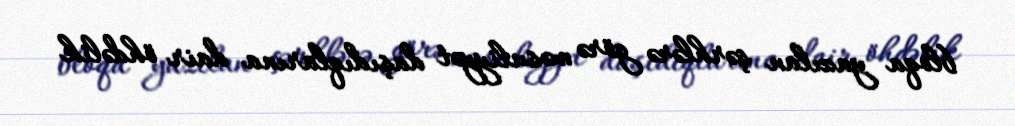
bloqa yazılan şərhlərə görə məsuliyyət daşıdıqlarına dair öhdəlik